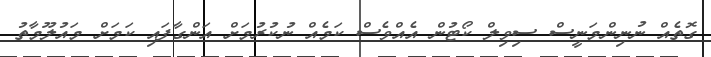
ގޮތެއް ނުނިންމަނީސް ސިވިލް ކޯޓުން އެއްވެސް ކަމެއް ނުކުރުމަށް އަންގާފައި ކަމަށް މައުލޫމާތު